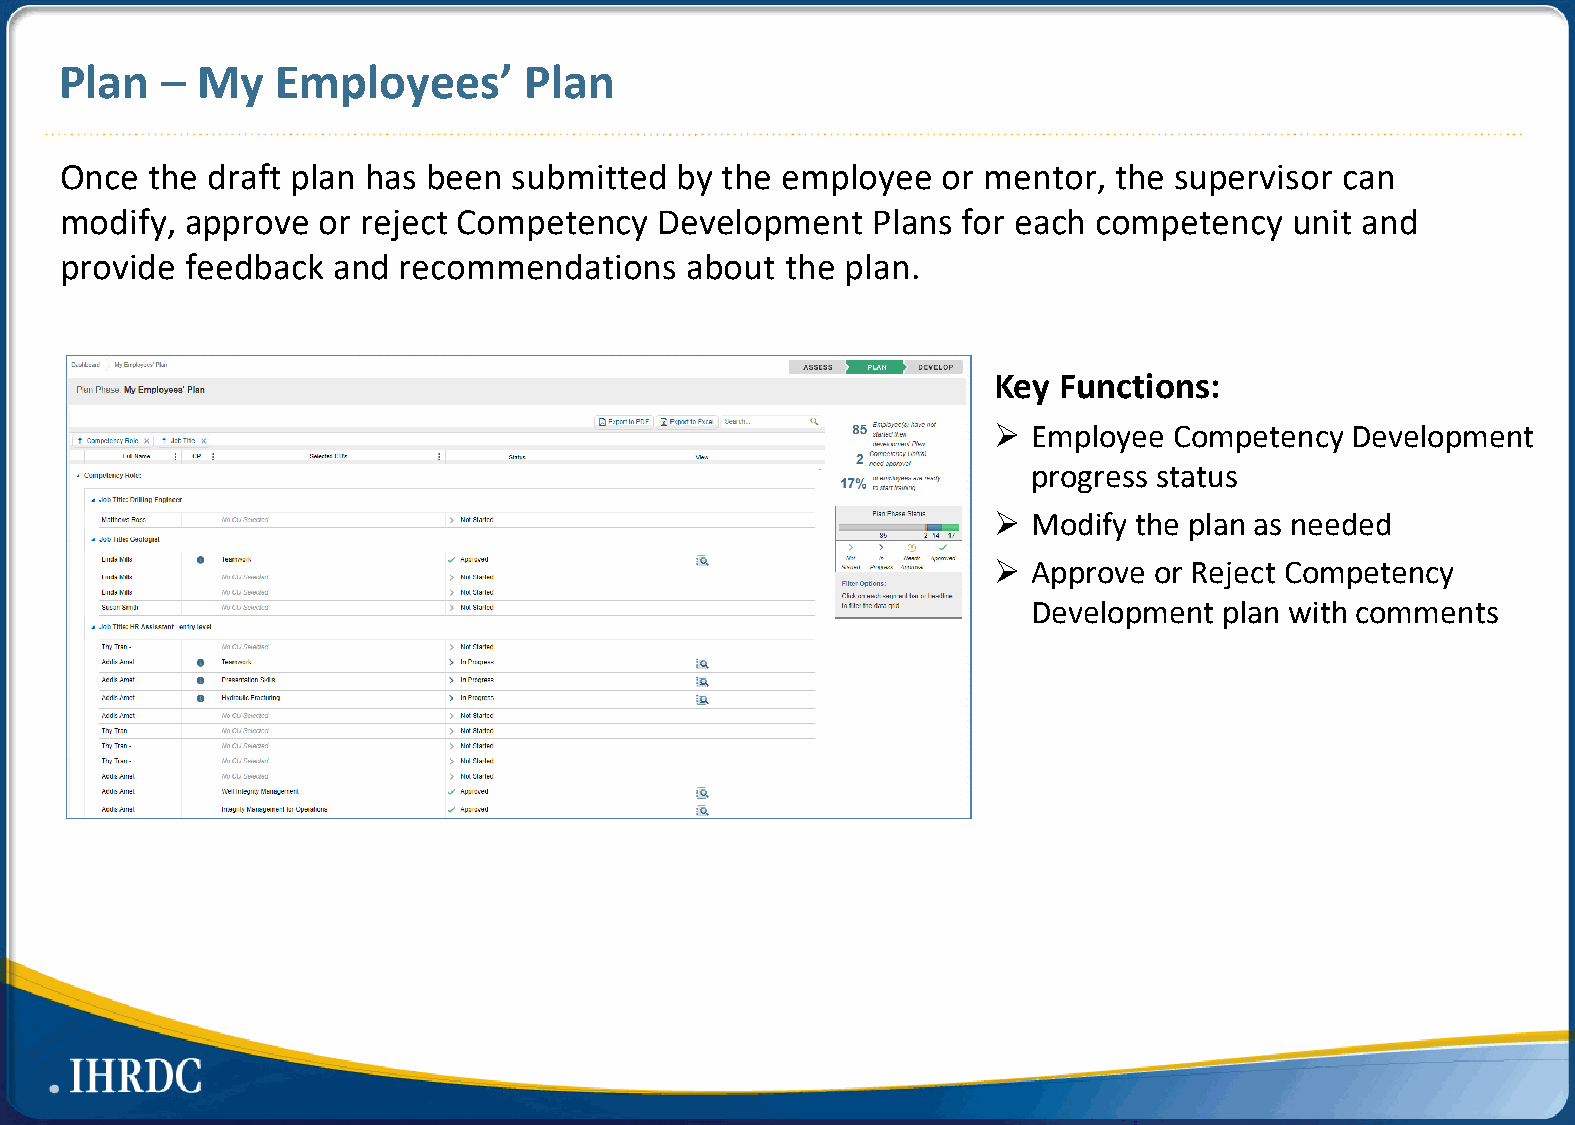
Plan   – My   Employees’       Plan
 Once  the draft plan has been submitted  by the employee  or mentor,  the supervisor can
 modify, approve  or reject Competency   Development   Plans for each competency   unit and
 provide feedback  and recommendations    about  the plan.
 Key Functions:
  Employee  Competency Development
 progress status
  Modify the plan as needed
  Approve or Reject Competency
 Development  plan with comments